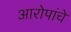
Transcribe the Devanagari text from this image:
आरोपांचे